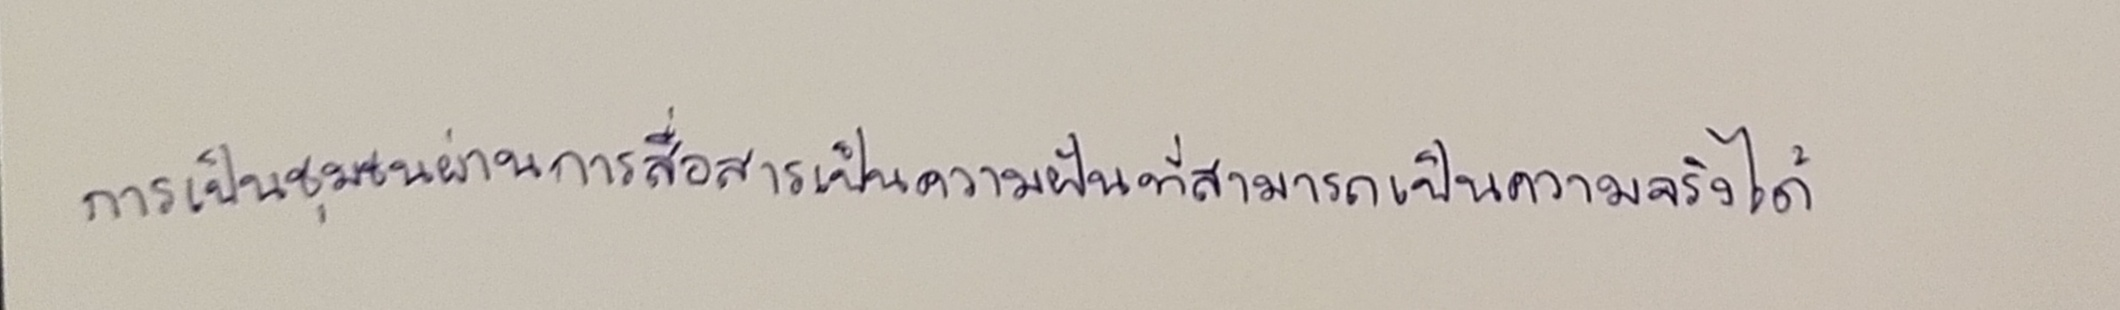
การเป็นชุมชนผ่านการสื่อสารเป็นความฝันที่สามารถเป็นความจริงได้